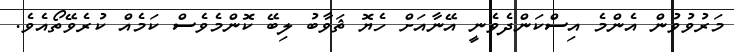
މަރުވުވުން އެންމެ އިސްކަންދެވެނީ އޭނާއަށް ހެޔޮ ޘަވާބު ލިބޭ ކޮންމެވެސް ކަމެއް ކުރެވޭތޯއެވެ.